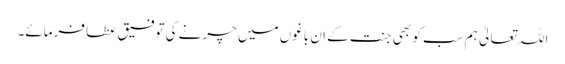
اللہ تعالیٰ ہم سب کو بھی جنت کے ان باغوں میں چرنے کی توفیق عطا فرمائے۔